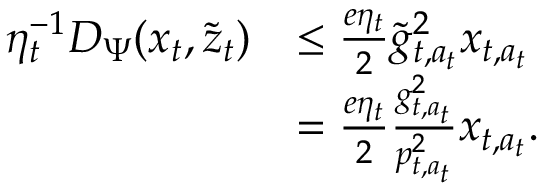
\begin{array} { r l } { \eta _ { t } ^ { - 1 } D _ { \Psi } ( x _ { t } , \widetilde { z } _ { t } ) } & { \le \frac { e \eta _ { t } } 2 \widetilde g _ { t , a _ { t } } ^ { 2 } x _ { t , a _ { t } } } \\ & { = \frac { e \eta _ { t } } 2 \frac { g _ { t , a _ { t } } ^ { 2 } } { p _ { t , a _ { t } } ^ { 2 } } x _ { t , a _ { t } } . } \end{array}